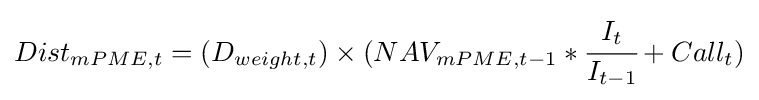
Dist_{mPME,t}=(D_{weight,t})\times (NAV_{mPME,t-1}*{\cfrac {I_{t}}{I_{t-1}}}+Call_{t})